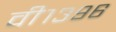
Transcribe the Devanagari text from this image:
वी१३९६